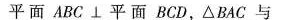
平面ABC /bot 平面BCD，△BAC与